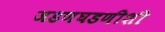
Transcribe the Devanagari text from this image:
जडणघडणीशी